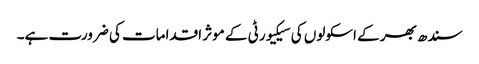
سندھ بھر کے اسکولوں کی سیکیورٹی کے موثر اقدامات کی ضرورت ہے۔